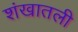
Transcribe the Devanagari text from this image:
शंखातली